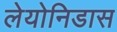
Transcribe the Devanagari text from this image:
लेयोनिडास